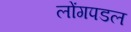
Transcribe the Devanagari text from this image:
लोंगपडल